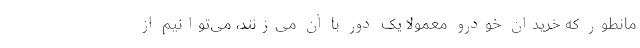
مانطور که خریدان خودرو معمولا یک دور با آن می‌زنند، می‌توانیم از